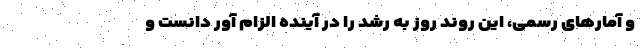
و آمارهای رسمی، این روند روز به رشد را در آینده الزام آور دانست و